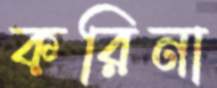
করিনা